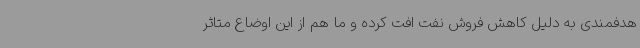
هدفمندی به دلیل کاهش فروش نفت افت کرده و ما هم از این اوضاع متاثر